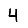
Digit: 4